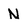
Character: N